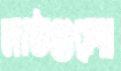
মাঠগুলো